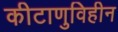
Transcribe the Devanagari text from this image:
कीटाणुविहीन